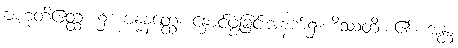
ဗဟုတိဧတ္ထ၊ ၌။ ဗန္ဓနတ္ထေ၊ နှောင်ဖွဲ့ခြင်းအနက်၌။ ဒိဿတိ၊ ၏။ အန္တံ၊